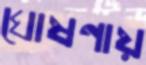
ঘোষণায়